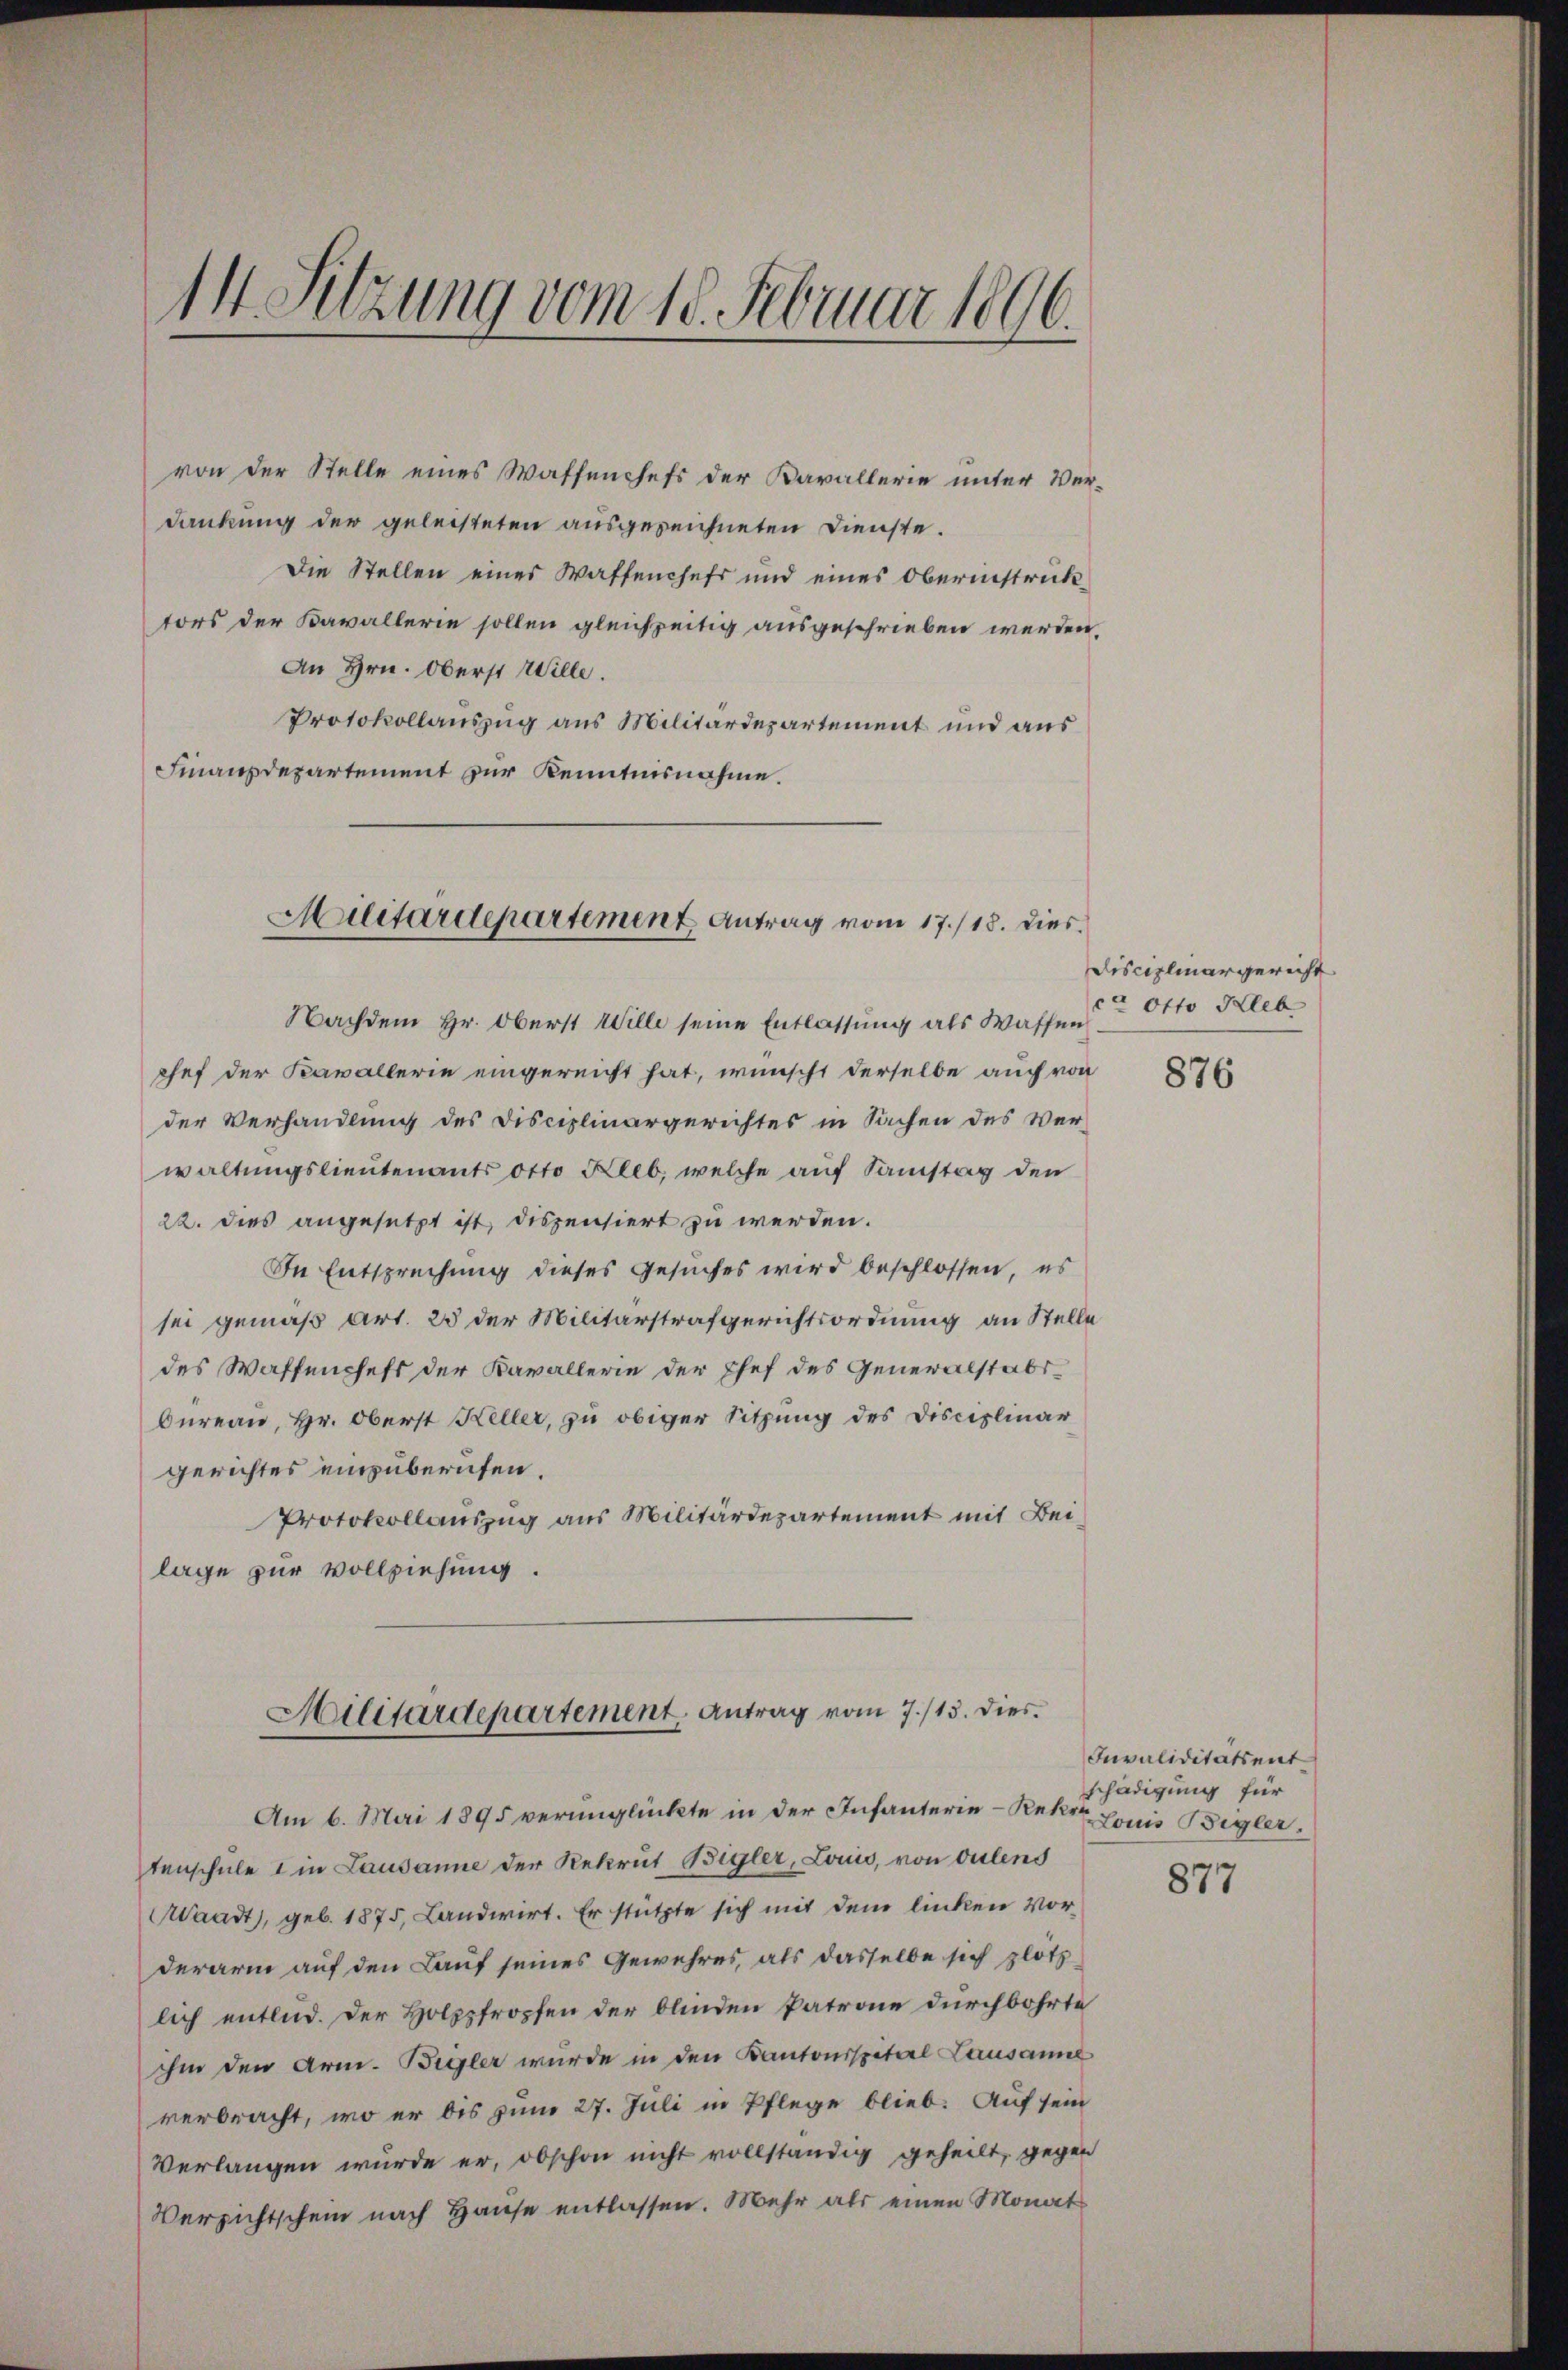
14 Sitzung vom 18. Februar 1896.

von der Stelle eines Waffenchefs der Kavallerie unter Verdankung der geleisteten ausgezeichneten Dienste.
Die Stellen eines Waffenchefs und eines Oberinstruktors der Kavallerie sollen gleichzeitig ausgeschrieben werden,
An Hrn. Oberst Wille.
Protokollauszug aus Militärdepartement und aus
Finanzdepartement zur Kenntnisnahme.

Militärdepartement Antrag vom 17./18. Dies

Nachdem Hr. Oberst Wille seine Entlassung als Waffen Otto Hleb
chef der Kavallerin eingereicht hat, wünscht derselbe auch von
der Verhandlung des Disciplinargerichtes in Sachen des Ver-
waltungslieutenants otto Hleb, welche auf Samstag den
22. dies angesetzt ist dispensiert zu werden.
In Entsprechung dieses Gesuches wird beschlossen, es
sei gemäß Art. 23 der Militärstrafgerichtsordnung an Stelle
des Waffenchefs der Kavallerin der Ehef des Generalstabs-
Oureau, Hr. Oberst Keller, zu obiger Sitzung des Disciplinar
gerichtes einzuberufen.
Protokollauszug aus Militärdepartement mit Beilage zur Vollziehung.

Militärdepartement. Antrag vom 7./13. dies

Am 6. Mai 1895 verunglückte in der Infanterie-Rekr Louis Bigler
tenschule in Lausanne der Rekrut Bigler, Louis, von dulens
Waadt, geb. 1875, Landwirt. Er stützte sich mit den linken Vorderarm auf den Lauf seines Gewehres, als dasselbe sich plötz
lich entlid. Der Holzstropfen der blinden Patrone durchbohrte
ihm den Arm. Begler wurde in den Kantonsspital Lausanne
verbracht, wo er bis zum 27. Juli in Pflege blieb. Auf sein
Verlangen wurde er, obschon nicht vollständig geheilt, gegen
Versichtschein nach Hause entlassen. Mehr als einen Monat

Disciplinargericht

876

Invaliditätsent
schädigung für

877